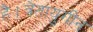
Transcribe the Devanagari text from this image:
है।त्रेतायुगीन